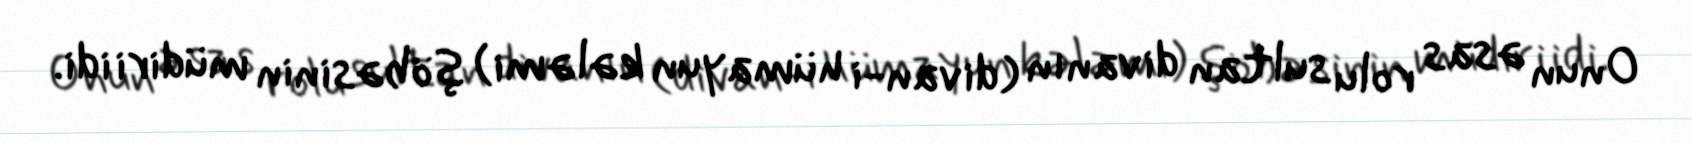
Onun əsas rolu sultan divanın (divan-i hümayun kələmi) şöbəsinin müdiri idi.